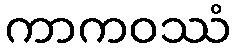
ကာကဝဿံ